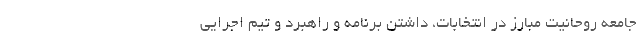
جامعه روحانیت مبارز در انتخابات، داشتن برنامه و راهبرد و تیم اجرایی